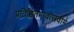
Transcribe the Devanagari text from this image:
प्रतिष्ठितमावीरावीर्म